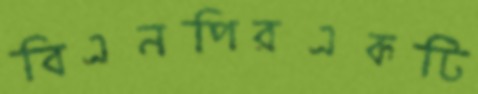
বিএনপিরএকটি